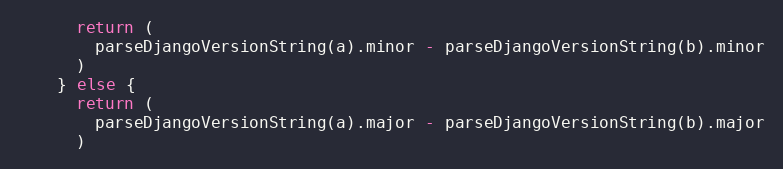
Language: JavaScript
      return (
        parseDjangoVersionString(a).minor - parseDjangoVersionString(b).minor
      )
    } else {
      return (
        parseDjangoVersionString(a).major - parseDjangoVersionString(b).major
      )